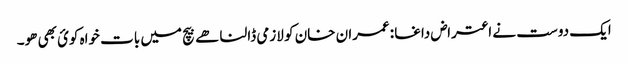
ایک دوست نے اعتراض داغا :عمران خان کو لازمی ڈالنا ھے بیچ میں بات خواہ کوئ بھی ھو۔